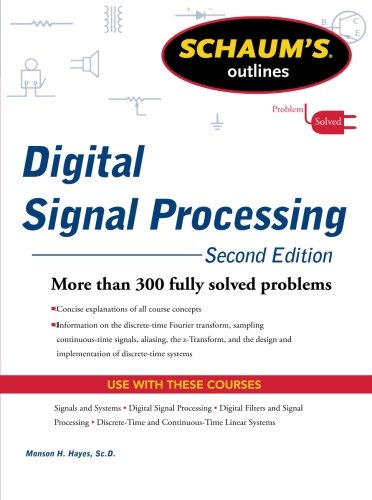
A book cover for Schaums Outline of Digital Signal Processing, 2nd Edition (Schaum's Outlines); Monson Hayes; Computers & Technology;